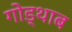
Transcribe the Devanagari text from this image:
गोड्थाब